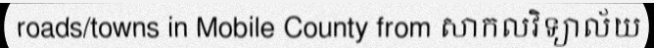
roads/towns in Mobile County from សាកលវិទ្យាល័យ